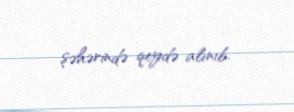
şəhərində qeydə alınıb.